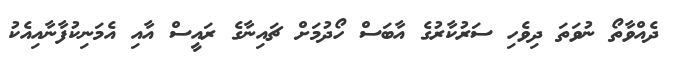
ދެއްވާތޯ ނުވަތަ ދިވެހި ސަރުކާރުގެ އާބަސް ހޯދުމަށް ޗައިނާގެ ރައީސް އާއި އެމަނިކުފާނާއިއެކު